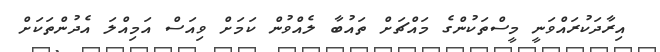
އިރާދަކުރައްވަނީ މީސްތަކުންގެ މައްޗަށް ތައުބާ ލެއްވުން ކަމަށް ވިއަސް އަމިއްލަ އެދުންތަކަށް